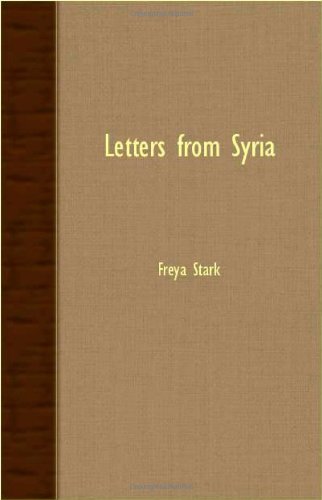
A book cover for Letters from Syria; Freya Stark; Travel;